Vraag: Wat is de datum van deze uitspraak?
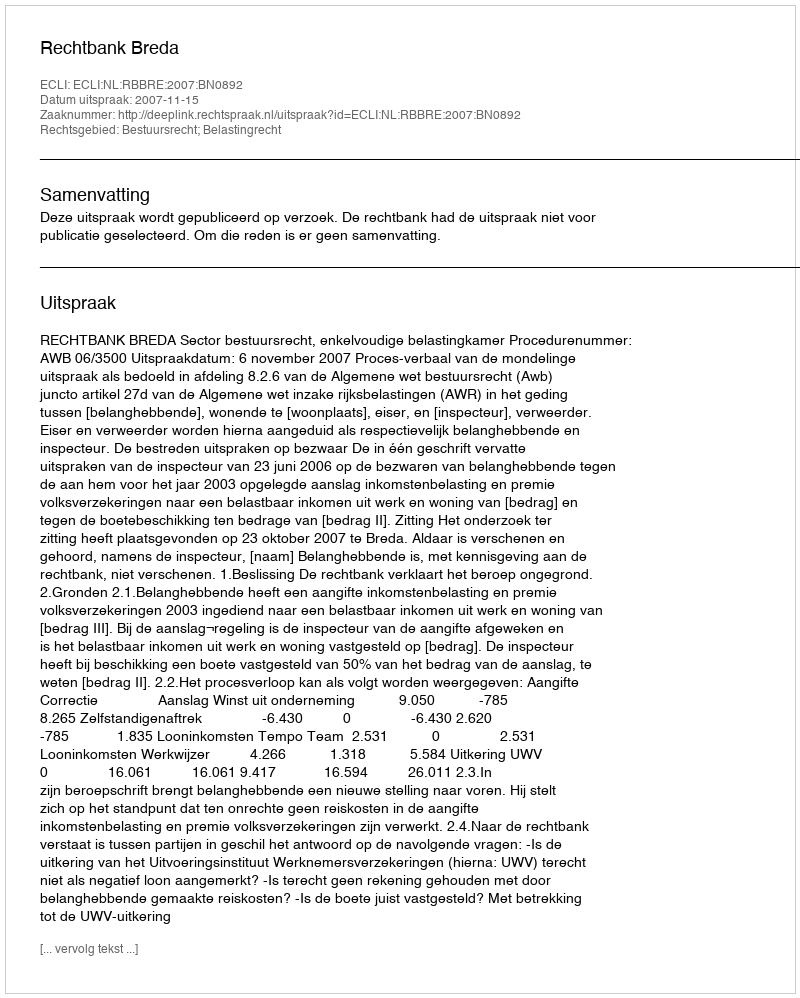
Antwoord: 2007-11-15